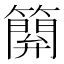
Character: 𥴥